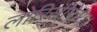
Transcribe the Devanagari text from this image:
लोरिसीफेरा।